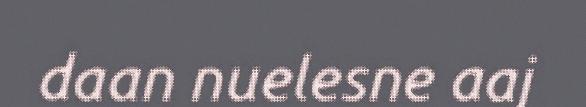
daan nuelesne aaj